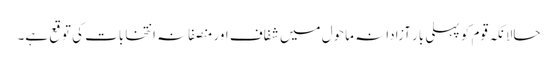
حالانکہ قوم کو پہلی بار آزادانہ ماحول میں شفاف اور منصفانہ انتخابات کی توقع ہے۔